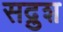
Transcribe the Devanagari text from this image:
सद्रुश